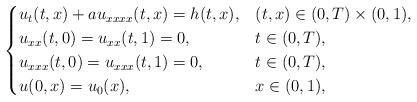
LaTeX: \begin{align*}\begin{cases}u_t(t,x)+au_{xxxx}(t,x)=h(t,x), &(t,x)\in (0,T) \times (0,1),\\u_{xx}(t,0)=u_{xx}(t,1)=0,&t\in (0,T),\\u_{xxx}(t,0)=u_{xxx}(t,1)=0,&t\in (0,T),\\u(0,x)=u_0(x),&x\in(0,1),\end{cases}\end{align*}